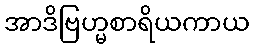
အာဒိဗြဟ္မစာရိယကာယ